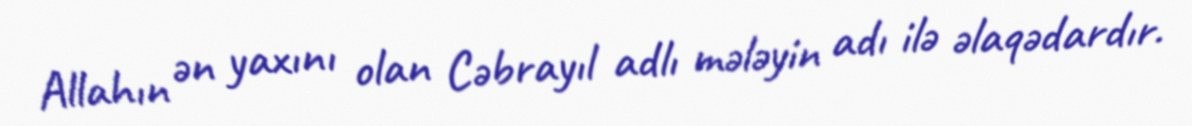
Allahın ən yaxını olan Cəbrayıl adlı mələyin adı ilə əlaqədardır.